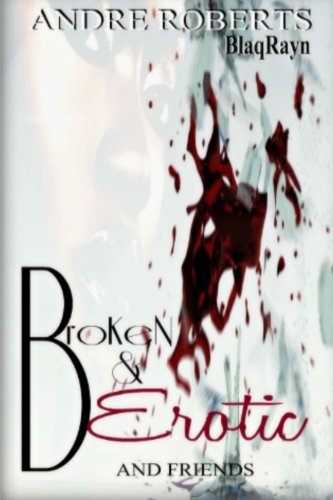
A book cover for Broken & Erotic: Entice 2; Andre Roberts; Romance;